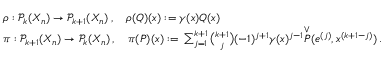
\begin{array} { r l } & { \rho : \mathcal { P } _ { k } ( X _ { n } ) \to \mathcal { P } _ { k + 1 } ( X _ { n } ) \, , \quad \rho ( Q ) ( x ) : = \gamma ( x ) Q ( x ) } \\ & { \pi : \mathcal { P } _ { k + 1 } ( X _ { n } ) \to \mathcal { P } _ { k } ( X _ { n } ) \, , \quad \pi ( P ) ( x ) : = \, \sum _ { j = 1 } ^ { k + 1 } \binom { k + 1 } { j } ( - 1 ) ^ { j + 1 } \gamma ( x ) ^ { j - 1 } \overset { \vee } { P } ( e ^ { ( j ) } , x ^ { ( k + 1 - j ) } ) \, . } \end{array}